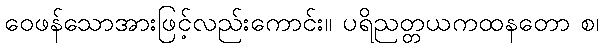
ဝေဖန်သောအားဖြင့်လည်းကောင်း။ ပရိညတ္တယကထနတော စ၊